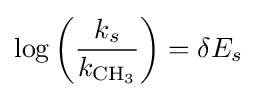
\log \left({\frac {k_{s}}{k_{{\ce {CH3}}}}}\right)=\delta E_{s}